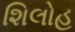
શિલોહ